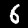
Label: 6